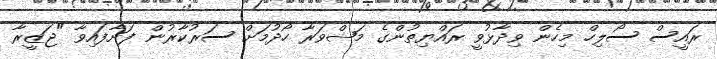
ރައީސް ސޯލިހް މިހެން ވިދާޅުވީ ރައްޔިތުންގެ މަޝްވަރާ ހޯދުމަށް ސަރުކާރުން ފަށާފައިވާ "ޖަޒީރާ